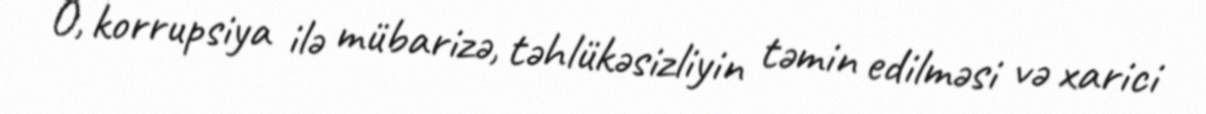
O, korrupsiya ilə mübarizə, təhlükəsizliyin təmin edilməsi və xarici